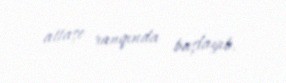
attaşe ranqında başlayıb.